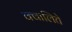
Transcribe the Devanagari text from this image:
क्वालिते